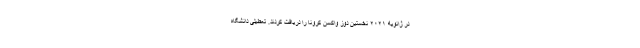
در ژانویه ۲۰۲۱ نخستین دوز واکسن کرونا را دریافت کردند. تعطیلی دانشگاه